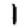
Digit: 1